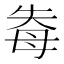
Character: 𭑐